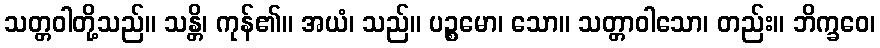
သတ္တဝါတို့သည်။ သန္တိ၊ ကုန်၏။ အယံ၊ သည်။ ပဉ္စမော၊ သော။ သတ္တာဝါသော၊ တည်း။ ဘိက္ခဝေ၊